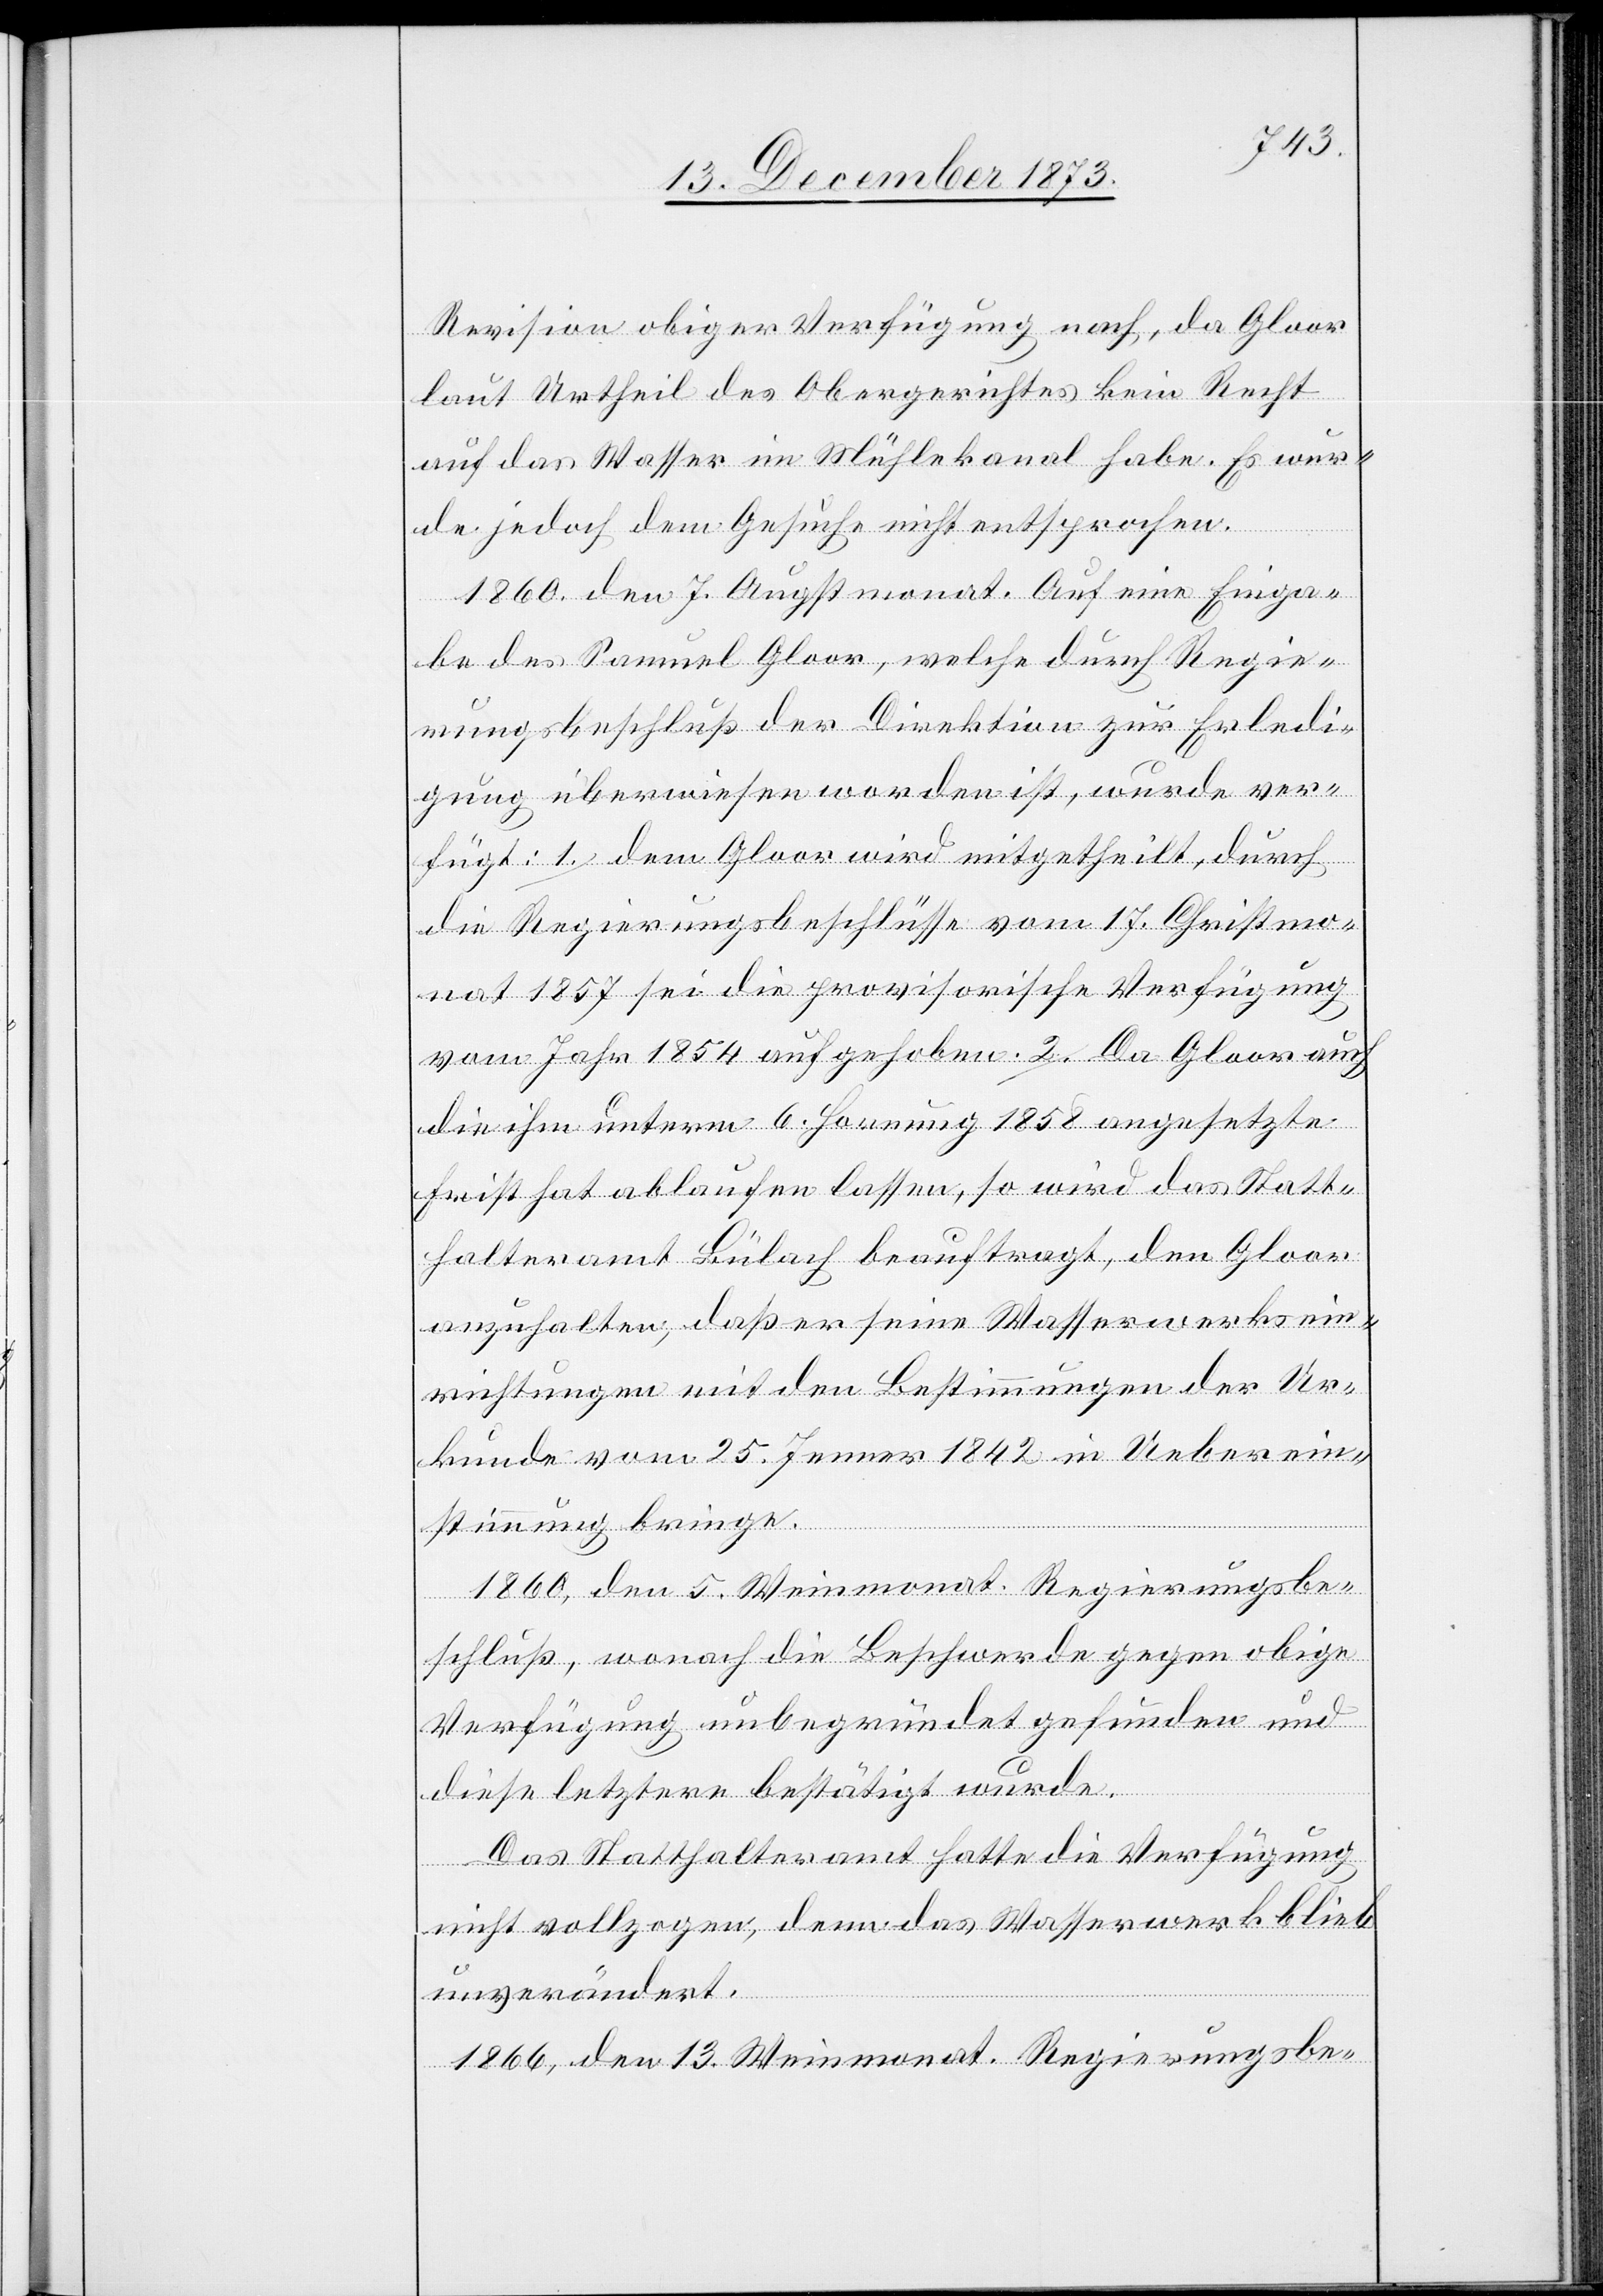
Revision obiger Verfügung nach, da Gloor
laut Urtheil des Obergerichtes kein Recht
auf das Wasser im Mühlekanal habe. Es wur¬
de jedoch dem Gesuche nicht entsprochen.
1860, den 7. Augstmonat. Auf eine Einga¬
be des Samuel Gloor, welche durch Regie¬
rungsbeschluß der Direktion zur Erledi¬
gung überwiesen worden ist, wurde ver¬
fügt: 1. dem Gloor wird mitgetheilt, durch
die Regierungsbeschlüsse vom 17. Christmo¬
nat 1857 sei die provisorische Verfügung
vom Jahr 1854 aufgehoben. 2. Da Gloor auch
die ihm unterm 6. Hornung 1858 angesetzte
Frist hat ablaufen lassen, so wird das Statt¬
halteramt Bülach beauftragt, den Gloor
anzuhalten, daß er seine Wasserwerksein¬
richtungen mit den Bestimmungen der Ur¬
kunde vom 25. Jenner 1842 in Ueberein¬
stimmung bringe.
1860, den 5. Weinmonat. Regierungsbe¬
schluß, wonach die Beschwerde gegen obige
Verfügung unbegründet gefunden und
diese letztere bestätigt wurde.
Das Statthalteramt hatte die Verfügung
nicht vollzogen, denn das Wasserwerk blieb
unverändert.
1866, den 13. Weinmonat. Regierungsbe-